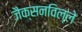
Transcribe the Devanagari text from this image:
जैक्सनविल्ले